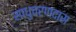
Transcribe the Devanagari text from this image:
साधुचरणदास